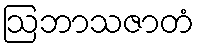
ဩဘာသဇာတံ